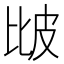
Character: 𤿎